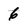
Character: 6